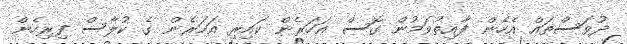
ދުވަސްތައް އެހެން ފާއިތުވަމުން ގޮސް އަހަރެން ކައިރި އަހަރެން ގެ ކުލާސް ފިރިހެން